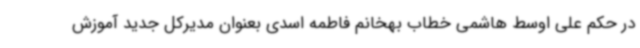
در حکم علی اوسط هاشمی خطاب بهخانم فاطمه اسدی بعنوان مدیرکل جدید آموزش